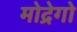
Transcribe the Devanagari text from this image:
मोद्रेगो